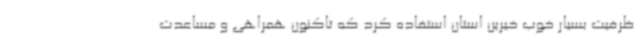
ظرفیت بسیار خوب خیرین استان استفاده کرد که تاکنون همراهی و مساعدت